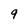
Character: 9